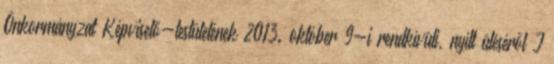
Önkormányzat Képviselő-testületének 2013. október 9-i rendkívüli, nyílt üléséről J